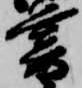
暮